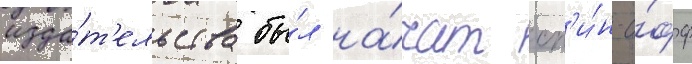
изда́т'ельства бы́л на́чат сп'и́н-о́фф